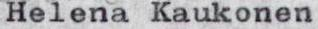
Helena Kaukonen